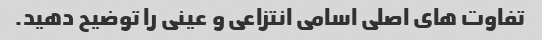
تفاوت های اصلی اسامی انتزاعی و عینی را توضیح دهید.